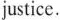
justice.